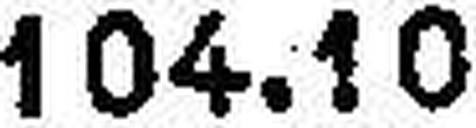
104.10